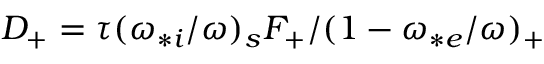
D _ { + } = \tau ( \omega _ { * i } / \omega ) _ { s } F _ { + } / ( 1 - \omega _ { * e } / \omega ) _ { + }